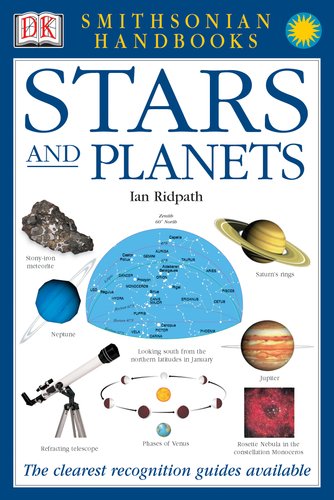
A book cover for Smithsonian Handbooks: Stars and Planets (Smithsonian Handbooks); Ian Ridpath; Science & Math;